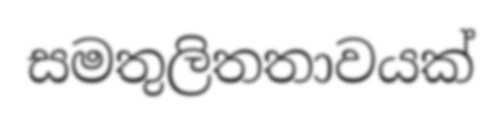
සමතුලිතතාවයක්